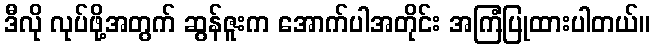
ဒီလို လုပ်ဖို့အတွက် ဆွန်ဇူးက အောက်ပါအတိုင်း အကြံပြုထားပါတယ်။